Vital statistics of India. Vol. IV, Annual returns from 1871 to 1876. British Army of India, Native Army and jails of Bengal
Year: 1871
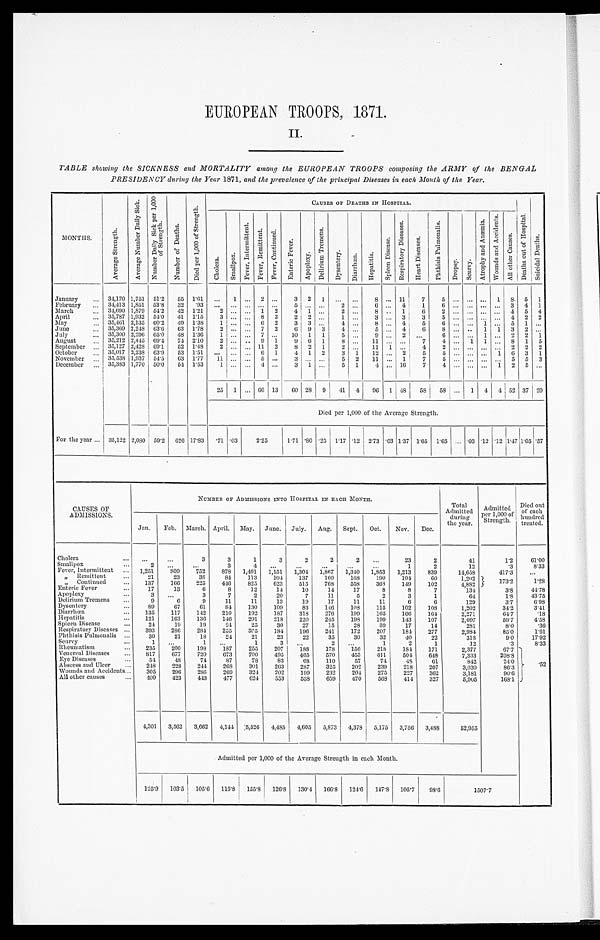
EUROPEAN TROOPS, 1871
II.
TABLE showing the SICKNESS and MORTALITY among the EUROPEAN TROOPS composing the ARMY of the BENGAL
PRESIDENCY during the Year 1871, and the prevalence of the principal Diseases in each Month of the Year.
M O N T H S .
A v e r a g e S t r e n g t h .
A v e r a g e n u m b e r D a i l y S i c k .
N u m b e r D a i l y S i c k p e r 1 , 0 0 0 o f s t r e n g t h .
N u m b e r o f D e a t h s .
D i e d p e r 1 , 0 0 0 o f S t r e n g t h .
C A U S E S O F D E A T H S I N H O S P I T A L .
C h o l e r a .
S m a l l p o x .
F e v e r , I n t e r m i t t e n t .
F e v e r , R e m i t t e n t . F e v e r C o n t i n u e d .
E n t e r i c F e v e r .
A p o p l c x y .
D e l i r i u m T r e m e n s .
D y s e n t e r y .
D i a r r h œ a . H e p a t i t i s .
S p l e e n D i s e a s e s .
R e s p i r a t o r y D i s e a s e s .
H e a r t D i s e a s e .
p h t h i s i s P u l m o n a l i s .
D r o p s y . Sc ur vy.
A t r o p h y a n d A n æ m i a .
W o u n d s a n d A c c i d e n t s
A l l o t h e r c a u s e s .
D e a t h s o u t o f H o s p i t a l .
S u i c i d a l D e a t h s .
January ... 34,170 1,751 51.2 55 1.61 ...
1 ... 2 ... 3 2 1 ... ... 8 ... 11 7 5 ... ... ... 1 8 5 1
February ... 34,413 1,851 53.8 32 . 93 ... ... ... ... . . .
5 . . . . . . 2
. . . 6 ... 4 1
6 ... ... ... ...
3 4 1
March
... 34,690 1,879 54.2 42 1.21 2 ... ... 1 2 4 1 ...
2 . . . 8 ... 1 6 2 ... ... ... ... 4 5 4
April
.. 35,787 1,932 54.0 41 1.15 3 ... ... 8 3 2 2 ...
1 . . . 3 ... 3 3
5 ... ... ... ...
4 2 2
May
... 35,461 2,135 60.2 49 1.38 1 ... ... 6 2 3 3 ...
4 . . . 8 ... 4 5 6 ... ... 1 ... 5 1 ...
June
... 35,369 2,248 636 63 l.73 2 ... ... 7 2 6 9 3 4 ... 5 ... 4 6 8 ... ... 1 1 3 2 ...
July
... 35,300 2.296 65.0 48 136 1 ... ... 7 ... 10 1 1
5 . . .
9 ... 2
. . . 6 ... ... 1 ... 2 2 1
August ...
35,212 2,445 69.4 74 2.10 2 ... .. 9 1
9 6 1
8 . . .
1 1
... . . . 7 4 ... 1 1 ... 8 1 5
September ... 35,127 2,428 69.1 52 l.48
2 ... ... 11 2
8 2 1 2 ... 11 1 ...
4
2 ... ... ... ...
2 2 2
October . . . 35,017 2,238 63.9 53 1.51 ... ... ... 6 1
4 1 2 3 1 12 ... 2 5 5 ... ... ... 1 6 3 1
November
...
33,538 1,937 54.5 63 1.77 11 ... ... 5 ...
3 . . . . . . 5 2 11 ... 1 7 5 ... ... ... ... 5 5 3
December ... 35,383 1,770 50.0 54 1.53
1 . . . . . . 4 . . . 3 1 ... 5 1
4 ... 16 7
4 ... ... ... 1
2 5 . . .
25 1 ... 66 13 60 28 9 41 4 96 1 48 58 58 ... 1 4 4 52 37 20
Died per 1,000 of Use Average Strength.
For the year ... 35,122 2,080 59.2 626 17.83 .71 .03
225
1.71 . 8 0 .25 1.17 .12 2.73 .03 1.37 1.65 1.65 ... .03 .12 .12 1.47 1.05 .57
CAUSES OF
ADMISSIONS.
NUMBER OF ADMISSIONS INTO HOSPITAL IN EACH MONTH.
Tota
Admitted durin g
the year.
Admitted
Per 1, 000 of St r engt h.
D i e d o u t
o f e a c h
hundred
treated.
Jan, Feb. March. April. May. June. July. Aug. Sept. Oct. Nov. Dec.
Cholera
. . . ...
. . .
3
3
1
3
2
2
2
. . . 23
2
41
1.2 61.00
Smallpox
...
2 .
..
...
3
4 ...
...
...
...
...
1
2
12
.3
833
Fever, Intermittent ... 1,251 809 752 878 1,401 1,151 1,304 1,867 1,340 1,853 1,213 839
14,653
417.3 ...
„ Remittent
. . . 21
23
38 84 113 104 137 160
168
190 104
6 0
1,202
173.2
l.28
„ Continued
.. 137 166 225 446 825 623 515 768 558 363 149 102
4,832
Enteric Fever
17
13
6
8
12
14
10
14
17
8
8
7
134
3.8 44.78
Apoplexy
. . .
3
. . . 3
7
2
20
7
11
5
2
3
1
64
1 . 8 43.75
Delirium Tremens ...
9
6
9
11
11
13
19
17
11
11
6
6
129
3.7
698
Dysentery
. . . 89
67
61
84 130 109
83 146 108 115 102 108
1,202
34.2
3.41
Diarrhœa
... 135 117 142 210 192 187 318 276 199 105 166 164
2,271
64.7
.18
Hepatitis
... 121 163 136 146 201 218 220 245 198 199 143 107
2,097
59.7
4.58
Spleen Disease
. . . 24
19
19
24
25 30
27
15
28
39
17
14
281
8.0
.36
Respiratory Diseases ... 393 286 284 255 305 184 196 241 172 207 184 277
2.984
85.0
1.61
Phthisis Pulmonalis ...
30
21
18
24
21
23
22
35
30
32
40
22
318
9.0 17.92
Scurvy
...
1 ...
1 ...
1
3
. . .
2
. . . 1
2
1
12
.3
8.33
Rheumatism
. . . 235 200 198 187 255 207 188 178 156 218 184 171
2,377
67.7
.52
Venereal Diseases ... 817 677 720 673 700 495 465 570 453 611 50.4 648
7,333
208.8
Eye Diseases
. . . 54
48 74
87
78
83
63 110
57
74
4 8 61
842
24.0
Abscess and Ulcer ... 248 228 244 268 301 263 237 325 202 239 218 207
3,030
86.3
Wounds and Accidents... 305 296 256 269 324 202 199 232 204 275 227 362
3,181
90.6
All other causes
... 409 423 443 477 624 553 533 659.1 470 563 414 327
5,905
163.1
_4,301 3,562 3,662 4,144 ;5,526 4,485 4,605 5,573 4,378 5,175 3,756 3,488
52,955
Admitted per 1,000 of the Average Strength in each Month.
125.9
1 0 3 . 5 105.6 115.8 155.8 126.8 130.4 166.8 124.6 147.5 105.7 98.6
1507.7